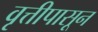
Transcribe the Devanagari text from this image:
वृत्तीपासून